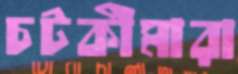
চটকীমারা